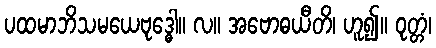
ပထမာဘိသမယေဗုဒ္ဓေါ။ လ။ အဗောဓယီတိ၊ ဟူ၍။ ဝုတ္တံ၊